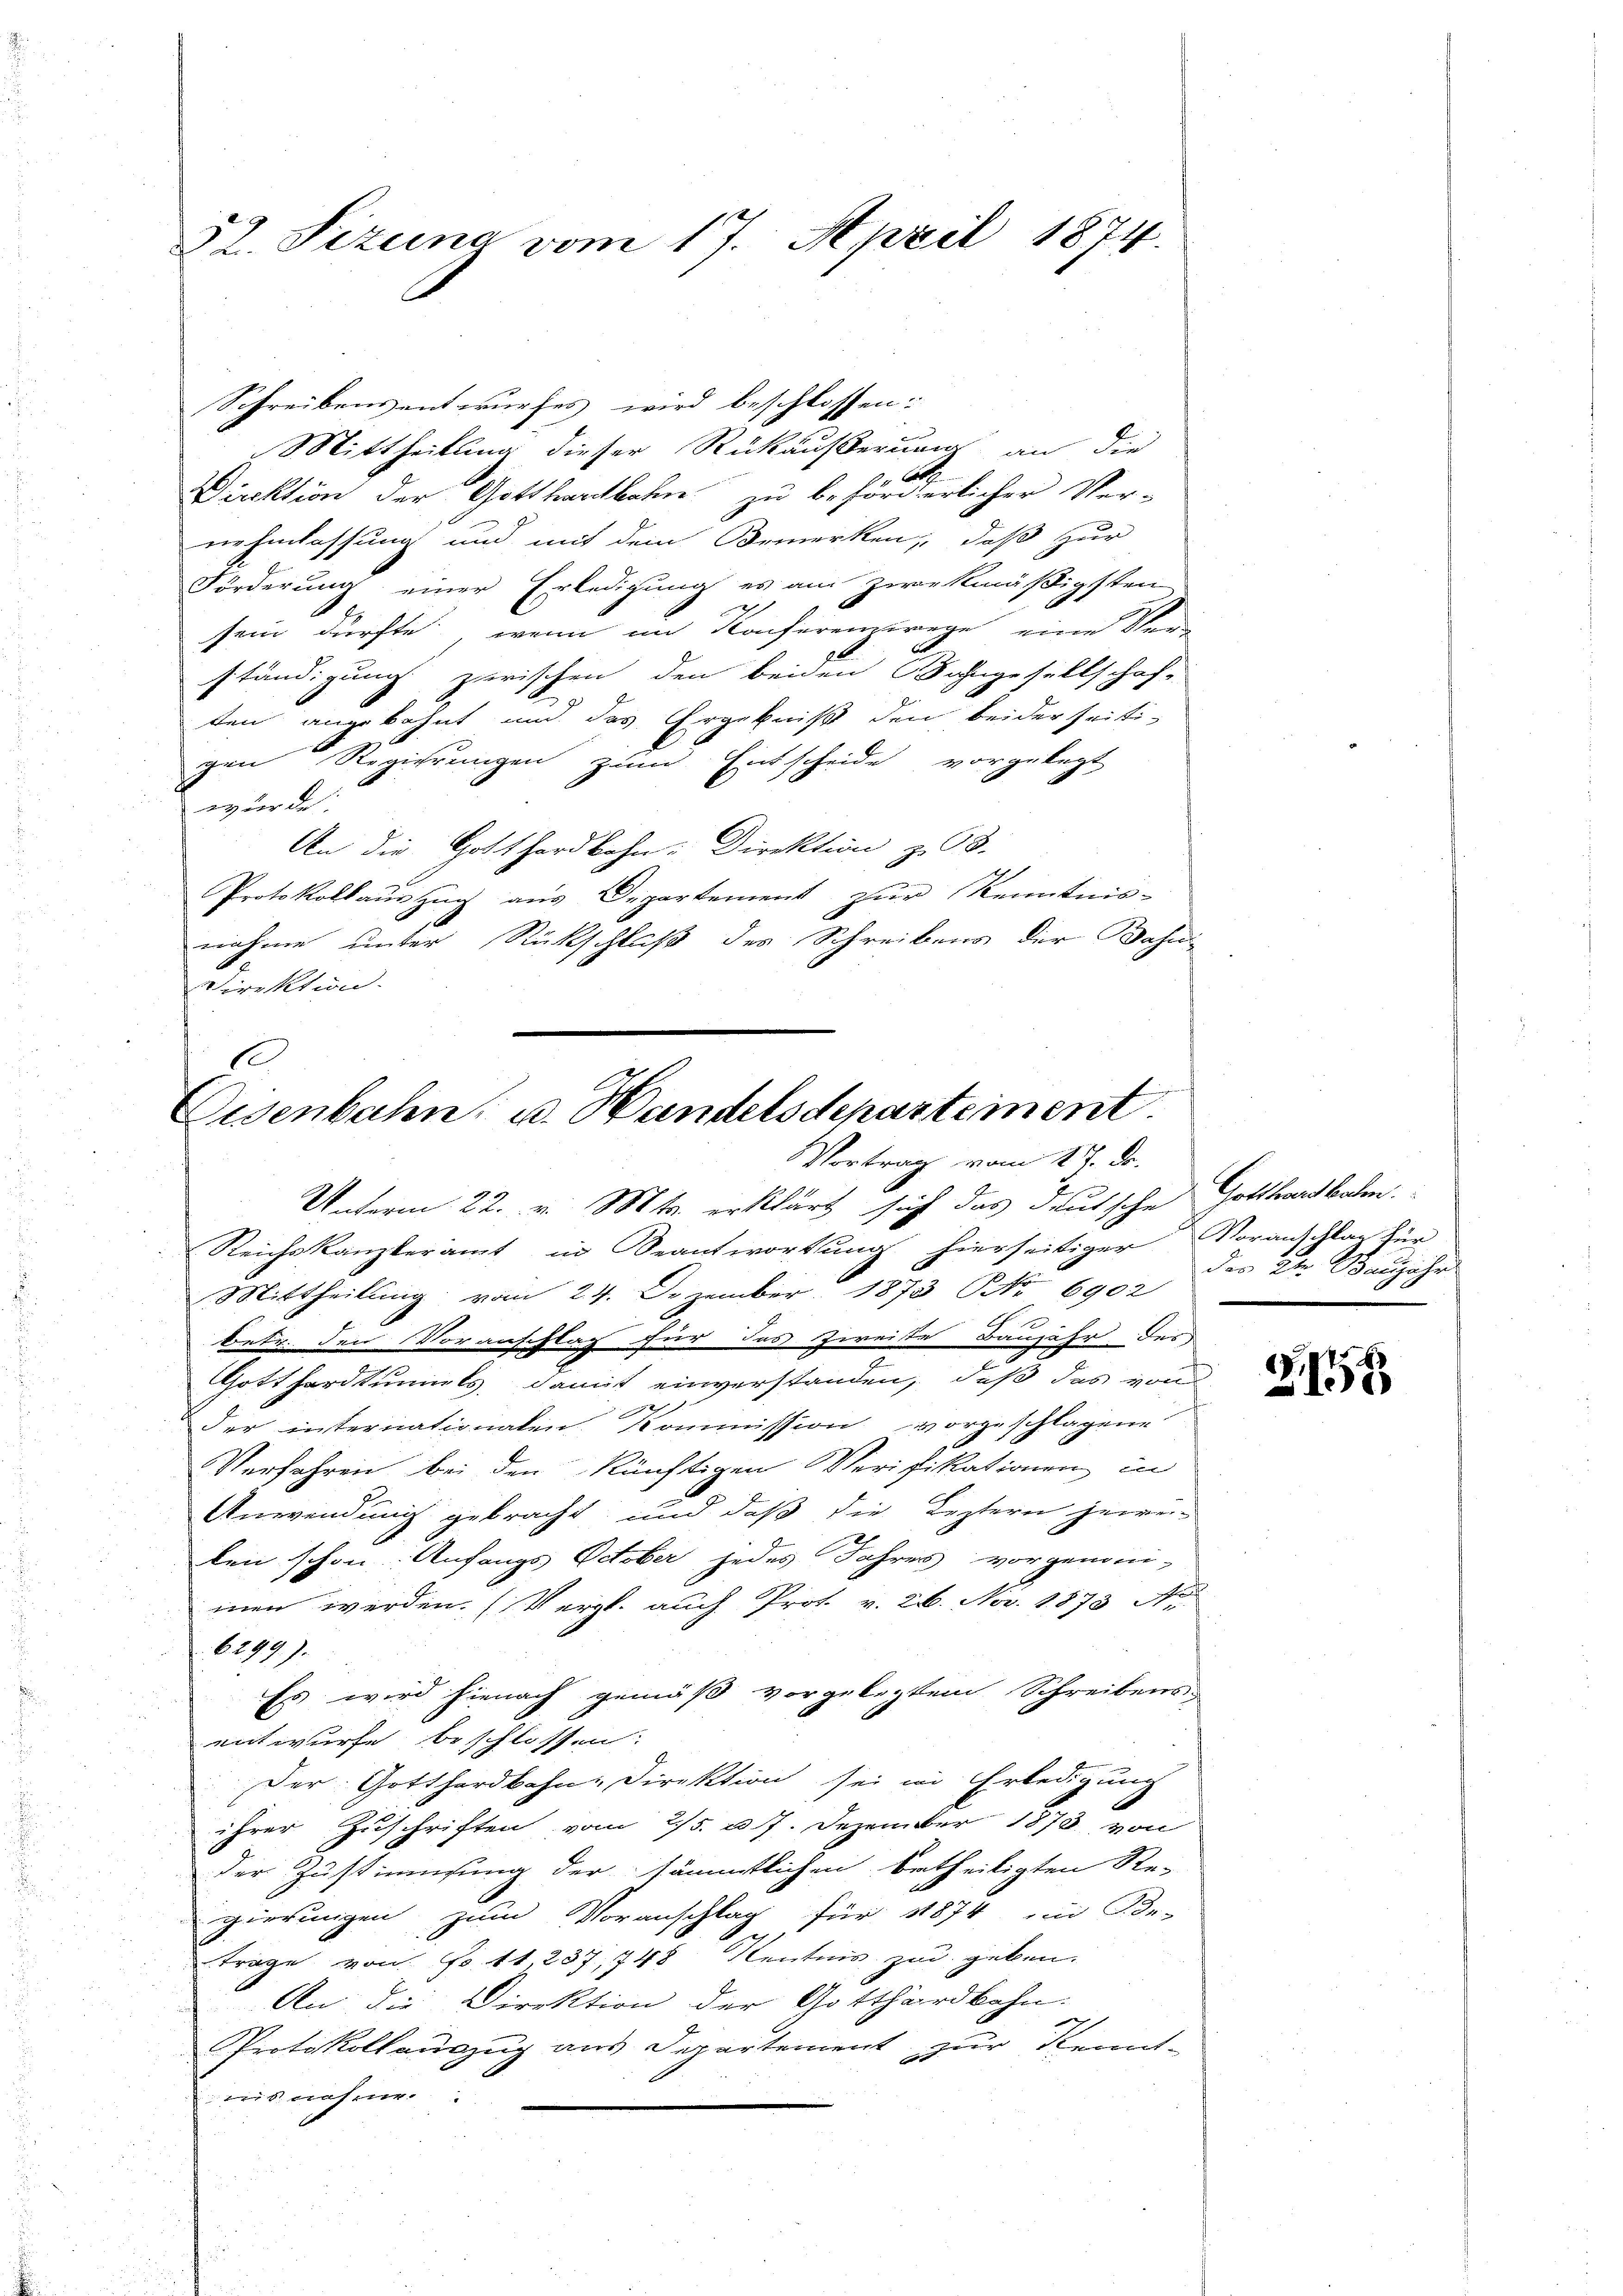
52. Sizuina vom 17. April 1874.

Schreibensentwurfes wird beschlossen:
 Mittheilung dieser Rückäußerung an die
Direktion der Gotthardbahn zu behörderlicher Ver-
nehmlassung um mit dem Bemerken, daß zur
Förderung einer Erledigung es am zwekmäßigsten
sein dürfte, wenn im Konferenzwege eine Kenn
A
ständigung zwischen den beiden Bahngesellschaft
ten angebahnt und das Ergebniß den beiderseitigen Regierungen zum
Entscheide vorgelegt
wurde.
An die Gotthardbahn-Direktion z. 93.
Protokollaŭszŭg aŭs Departement zŭr Kenntnis-
nahme unter Rückschluß des Schreibens der Bahn
direktion.
C.

Eisenbahn u. Handelsdepartement.
Vortrag vom 17. Dr.

Unterm 22. v. Mts. erklärt sich das deutsche Gotthardbahn
Reichskanzleramt in Beantwortung hierseitiger Voranschlag für
Mittheilung vom 24. Dezember 1873 No 6902
e
betr. den Voranschlag für das Zweite Baujahr des
Gotthardtumuls, damit einverstanden, daß das von
der internationalen. Kommission vorgeschlagene
Verfahren bei den künftigen Verifikationen in
Anwendung gebracht, und daß die Leztern jewei-
len schon Anfangs October jedes Jahres vorgenom-
men werden. (Vergl. auch Prot. v. 26. Nov. 1873 Nr.
6299).
Es wird hienach gemäß vorgelegtem Schreibens-
entwurfe beschlossen:
Der Gotthardbahn-Direktion sei in Erledigung
ihrer Zuschriften vom 2/5. n 7. Dezember 1878 von
der Zustimmung der sämmtlichen Ertheiligten Re-
gierungen zum Voranschlag für 1874 in Be-
trage von No 11, 237, 748 Kentnis zu geben.
An die Direktion der Gotthardbahn.
Protokollauszug aus Departement zur Kennt-
nisnehme.

der 2ten Banjahr

Z.1555